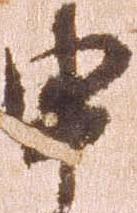
申